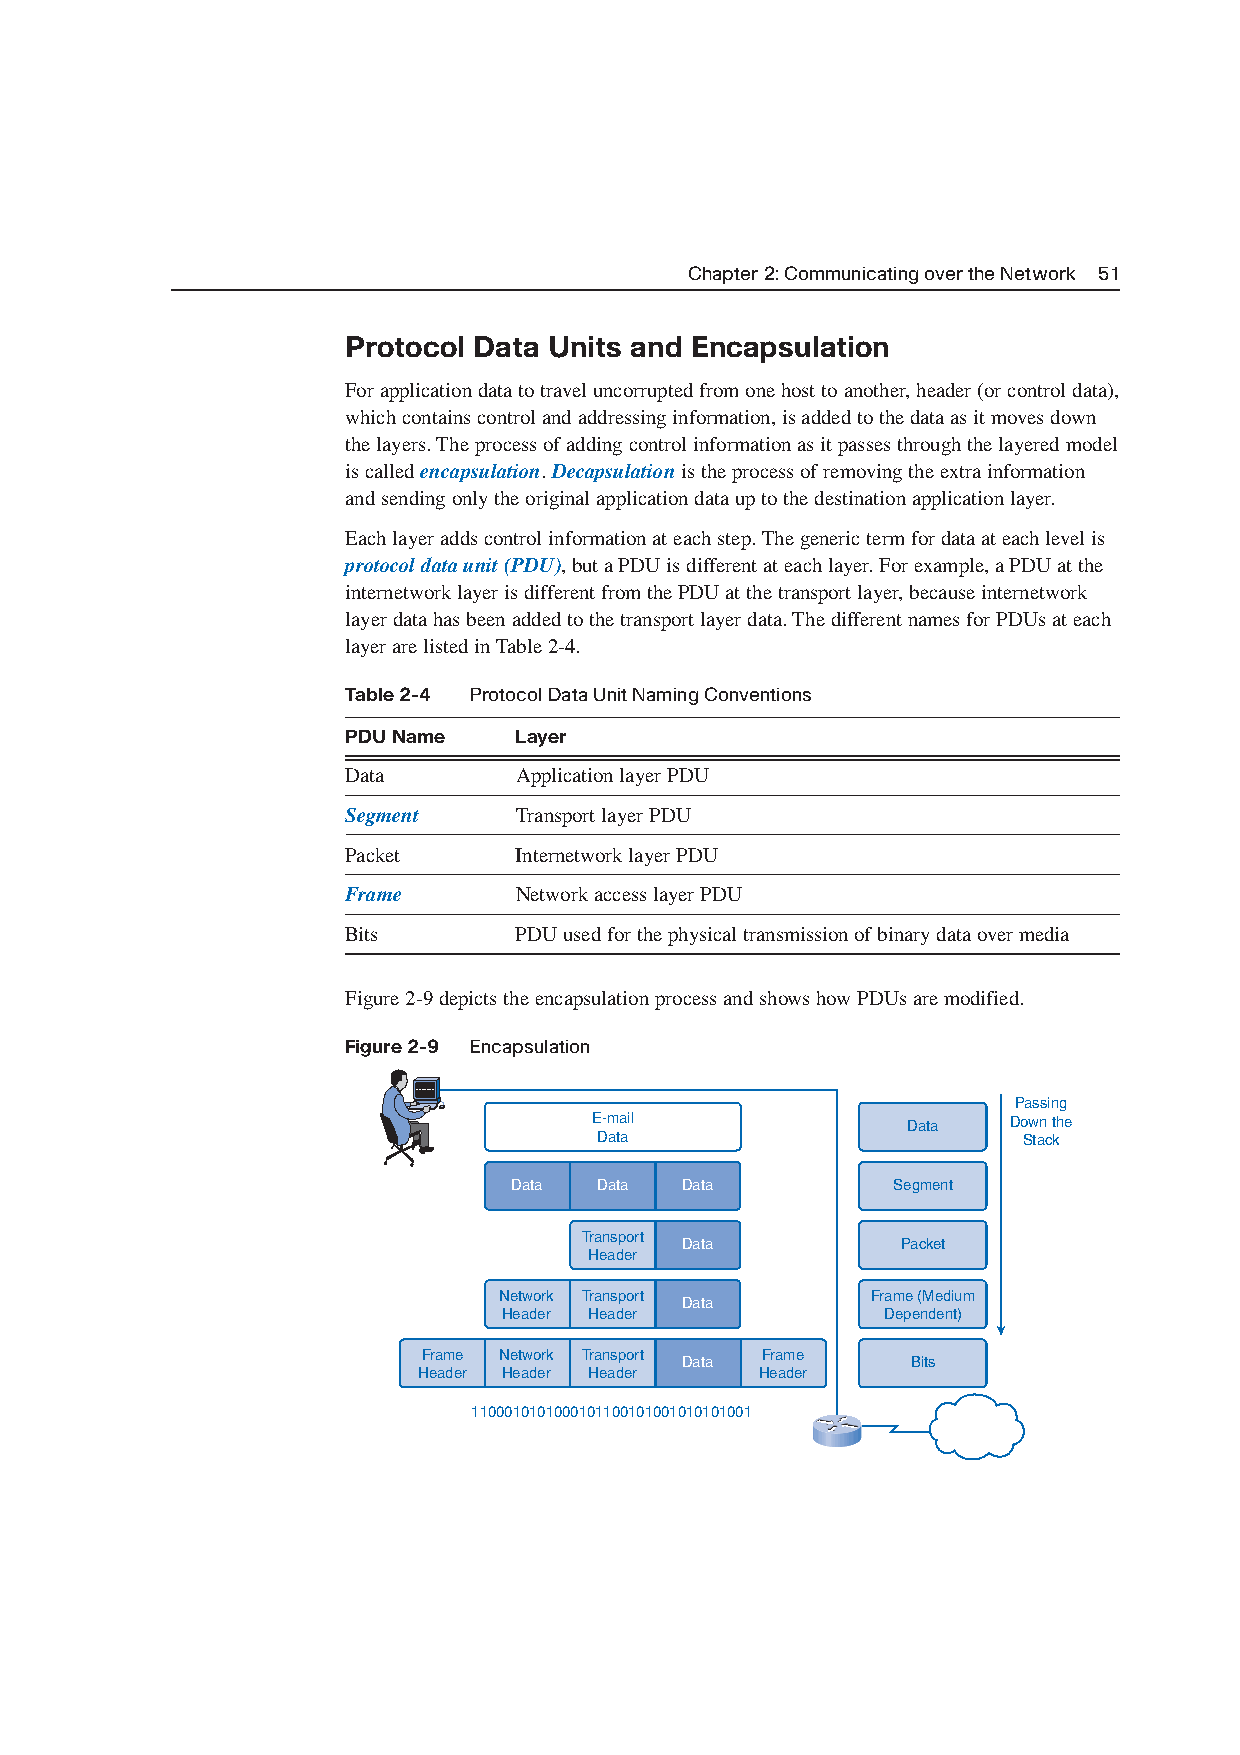
Chapter 2: Communicating over the Network 51
 Protocol Data Units and Encapsulation
 For application data to travel uncorrupted from one host to another,header (or control data),
 which contains control and addressing information,is added to the data as it moves down
 the layers. The process of adding control information as it passes through the layered model
 is called encapsulation. Decapsulationis the process of removing the extra information
 and sending only the original application data up to the destination application layer.
 Each layer adds control information at each step. The generic term for data at each level is
 protocol data unit (PDU),but a PDU is different at each layer. For example,a PDU at the
 internetwork layer is different from the PDU at the transport layer,because internetwork
 layer data has been added to the transport layer data. The different names for PDUs at each
 layer are listed in Table 2-4.
 Table 2-4 Protocol Data Unit Naming Conventions
 PDU Name   Layer
 Data       Application layer PDU
 Segment    Transport layer PDU
 Packet     Internetwork layer PDU
 Frame      Network access layer PDU
 Bits       PDU used for the physical transmission of binary data over media
 Figure 2-9 depicts the encapsulation process and shows how PDUs are modified.
 Figure 2-9 Encapsulation
 Passing
 E-mail               Data   Down the
 Data                        Stack
 Data  Data Data          Segment
 Transport
 Data           Packet
 Header
 Network Transport        Frame (Medium
 Data
 Header Header             Dependent)
 Frame Network Transport Frame
 Data           Bits
 Header Header Header  Header
 1100010101000101100101001010101001